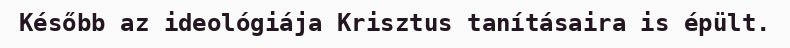
Később az ideológiája Krisztus tanításaira is épült.